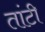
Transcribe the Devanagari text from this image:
तांटी